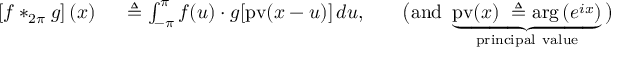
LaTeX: \begin{array} { r l r l } { \left[ f * _ { 2 \pi } g \right] ( x ) \ } & { { } \triangleq \int _ { - \pi } ^ { \pi } f ( u ) \cdot g [ { \mathrm { p v } } ( x - u ) ] \, d u , } & { } & { { } { \big ( } { \mathrm { a n d ~ } } \underbrace { { \mathrm { p v } } ( x ) \ \triangleq \arg \left( e ^ { i x } \right) } _ { \mathrm { p r i n c i p a l ~ v a l u e } } { \big ) } } \end{array}